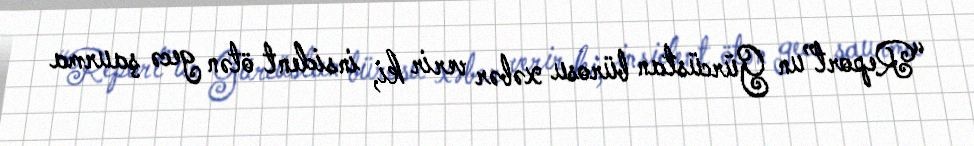
“Report”un Gürcüstan bürosu xəbər verir ki, insident ötən gecə şaurma